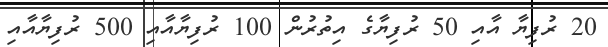
20 ރުފިޔާ އާއި 50 ރުފިޔާގެ އިތުރުން 100 ރުފިޔާއާއި 500 ރުފިޔާއާއި